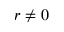
r \neq 0